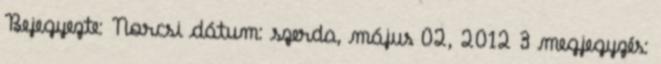
Bejegyezte: Norcsi dátum: szerda, május 02, 2012 3 megjegyzés: